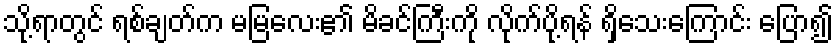
သို့ရာတွင် ရစ်ချတ်က မမြလေး၏ မိခင်ကြီးကို လိုက်ပို့ရန် ရှိသေးကြောင်း ပြော၍